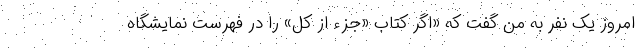
امروز یک نفر به من گفت که «اگر کتاب «جزء از کل» را در فهرست نمایشگاه